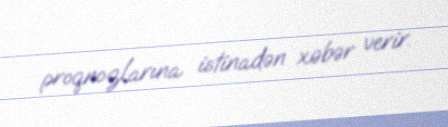
proqnozlarına istinadən xəbər verir.